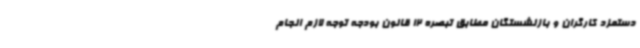
دستمزد کارگران و بازنشستگان مطابق تبصره 12 قانون بودجه توجه لازم انجام